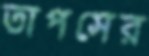
তাপসের